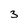
Character: 3